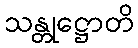
သန္တုဋ္ဌောတိ